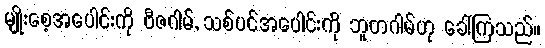
မျိုးစေ့အပေါင်းကို ဗီဇဂါမ်, သစ်ပင်အပေါင်းကို ဘူတဂါမ်ဟု ခေါ်ကြသည်။